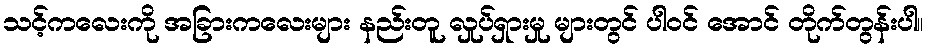
သင့်ကလေးကို အခြားကလေးများ နည်းတူ လှုပ်ရှားမှု များတွင် ပါဝင် အောင် တိုက်တွန်းပါ။